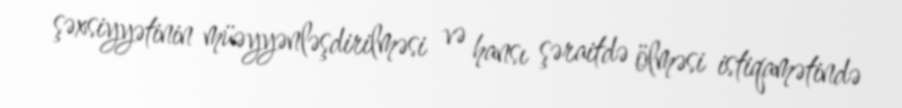
şəxsiyyətinin müəyyənləşdirilməsi və hansı şəraitdə ölməsi istiqamətində